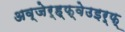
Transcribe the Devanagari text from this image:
अव्जेर्ह्फ्वेउइर्फ्